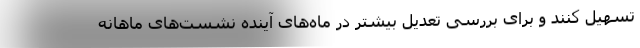
تسهیل کنند و برای بررسی تعدیل بیشتر در ماه‌های آینده نشست‌های ماهانه